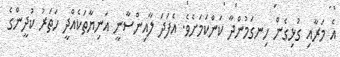
އެ މަރާއި ގުޅިގެން ހިނގަމުންދާ ކަންކަމަށެވެ. އެފަދަ ލާއިންސާނީ އަނިޔާތަކެއްދީ ހަތަރު ކުދީންގެ